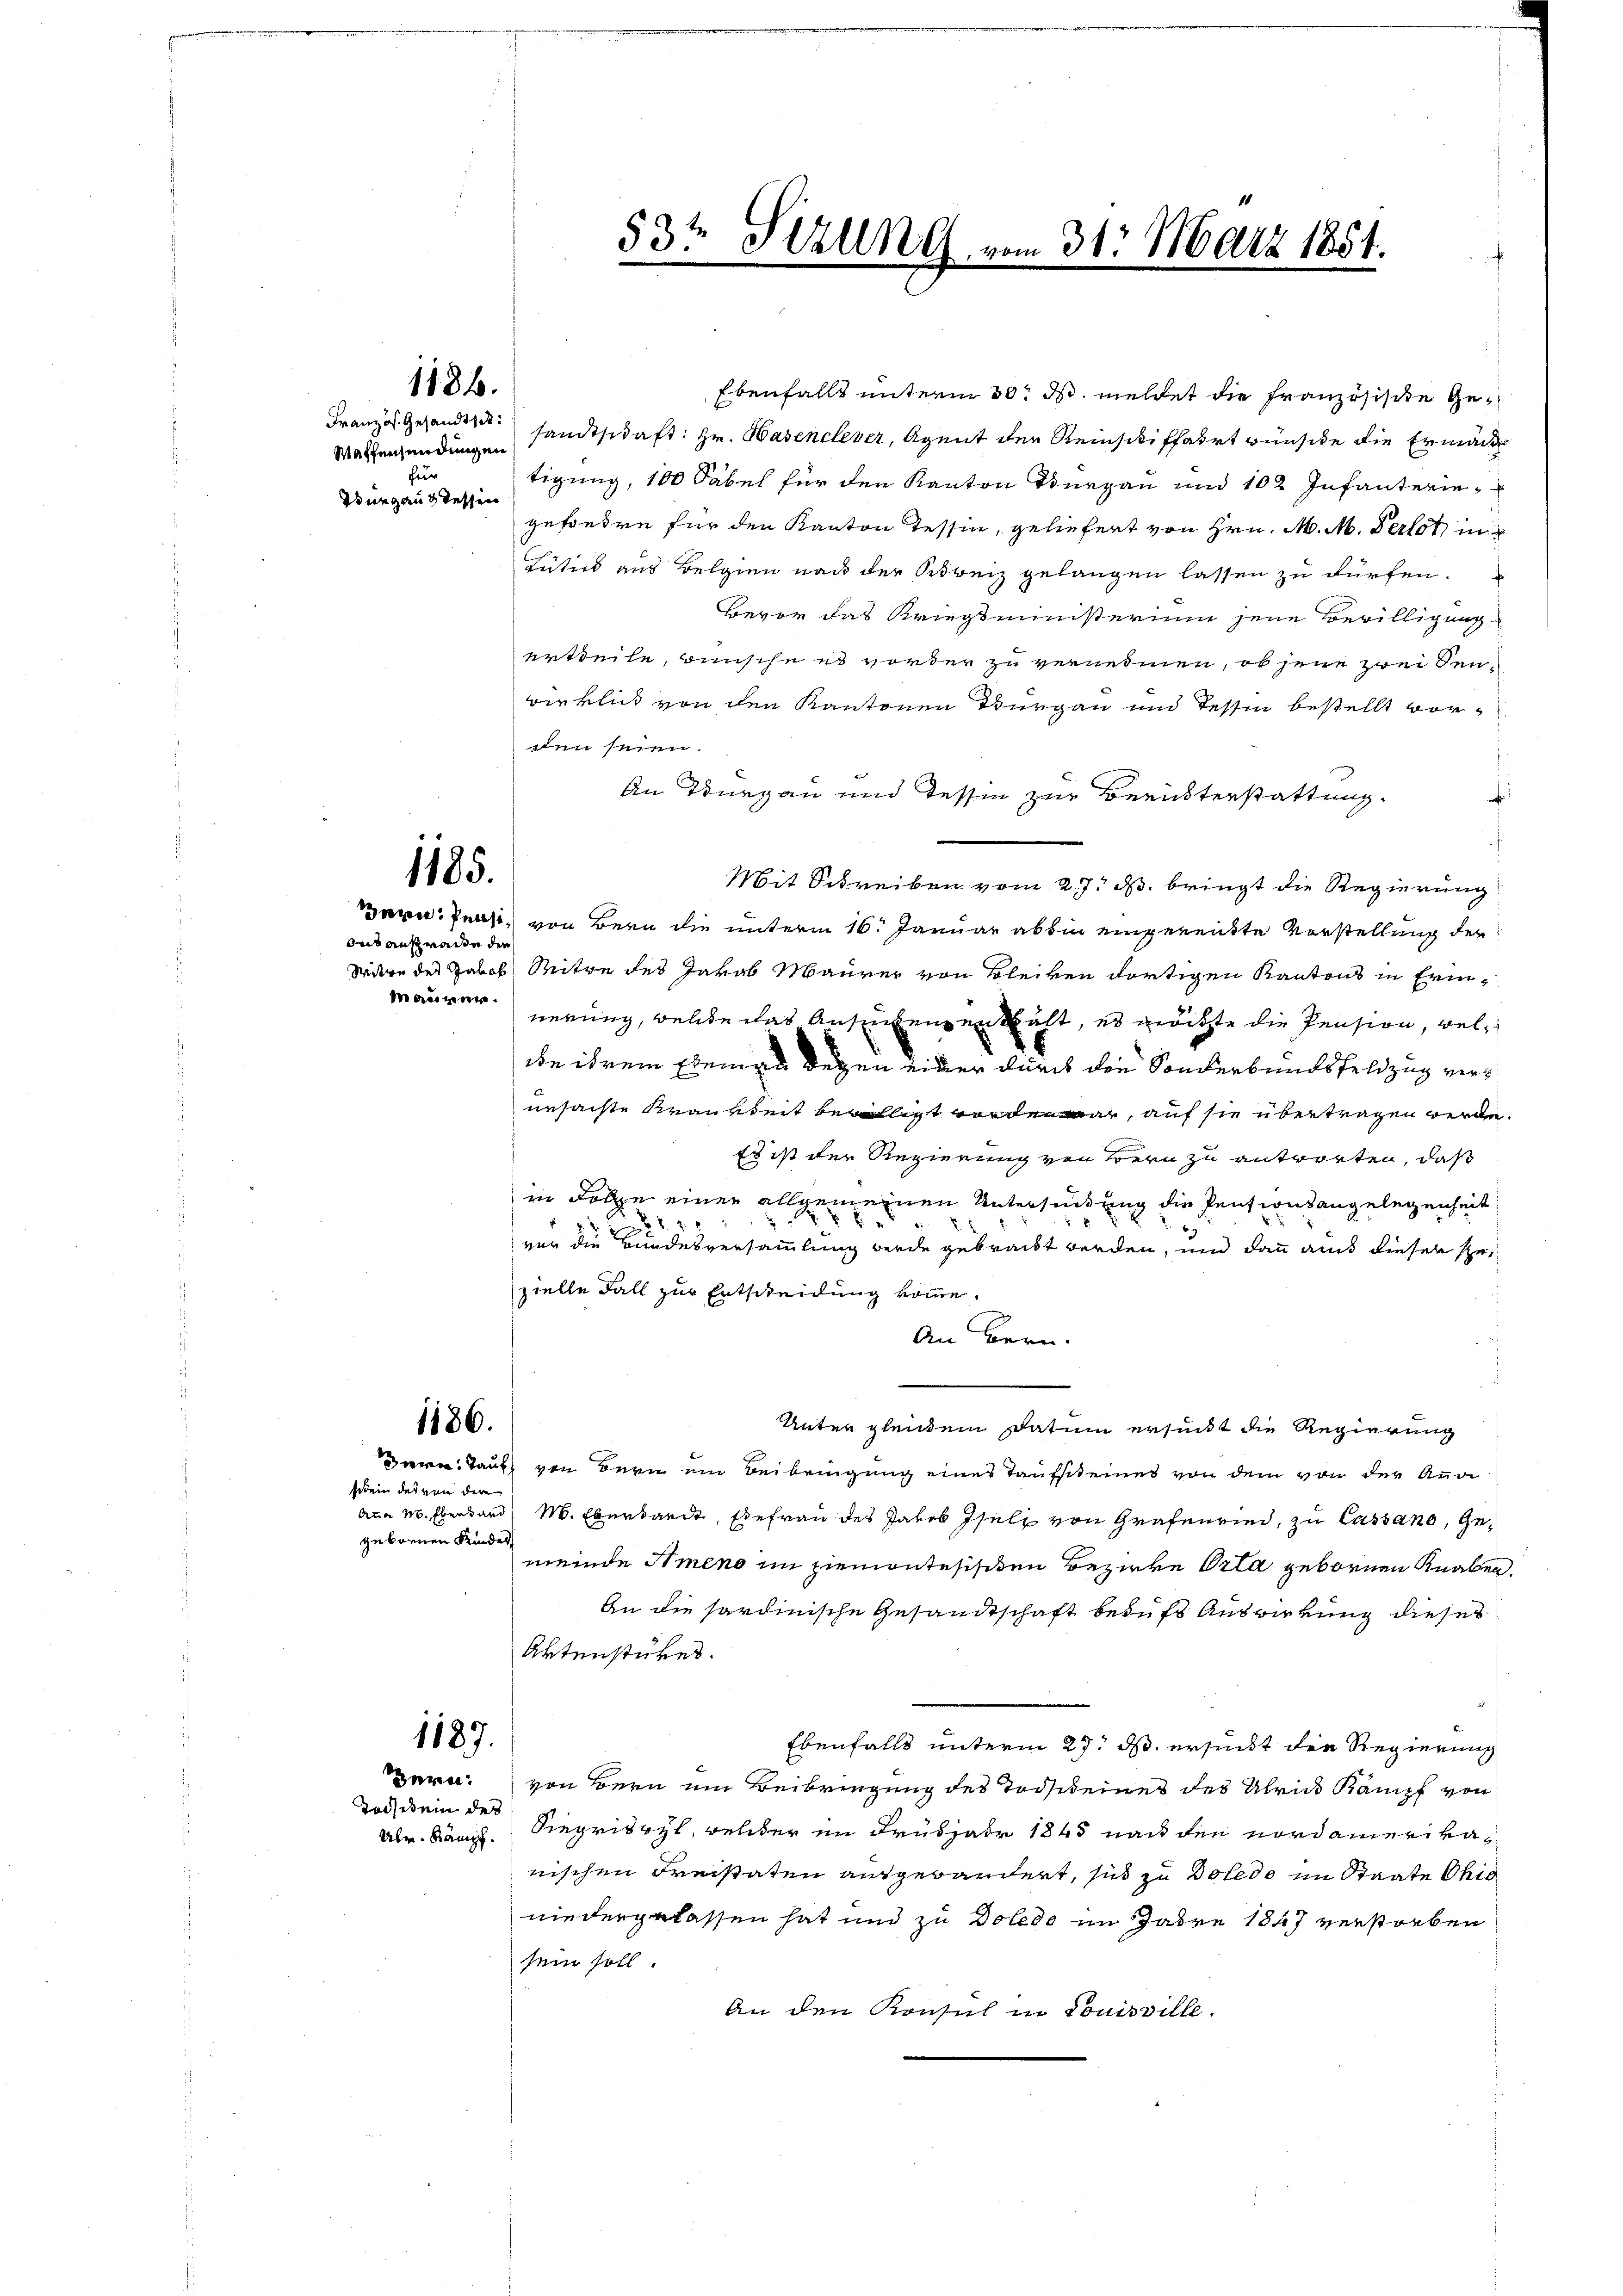
1184.

Waffensendungen
für
Purgaus tessen

1185.

out ansprachte der
Manter

1186.

dein der von der
gebornen Kindes

1187.

Tochtein des

Ebenfalls unterm 30t d. meldet die französische Ge¬
Französ. Gesandte sandtschaft: Hr. Hasenclever, Agent der Reinschiffahrt wünsche die Ermäc
tigung, 100 Säbel für den Kanton Burgau und 102 Infanteriegesonden für den Kanton Tessin, geliefert von Hrn. M. M. Perlet, in
Tütics aus Belgien nach der Schweiz gelangen lassen zu dürfen.
Bevor das Kriegsministerium jene Bewilligung
ertheile, wünsche es vorder zu vernehmen, ob jene zwei Senwirklich von den Kantonen Burgau und Tessin bestellt vorden seien.
An Thurgau und Tessin zur Berichterstattung.
f
Mit Schreiben vom 27. B. bringt die Regierung
Bern. Pensi, von Bern die unterm 16. Januar abhin eingerente Vorstellung der
Wäre des Jakob Mitre des Jakob Maurer von Bleiben dortigen Kantons in Erinursachte Krankheit bewilligt worden war, auf sie übertragen werde.
Es ist der Regierung von Bern zu antworten, daß
in Folge einer allgemeinen Untersendung die Pentionsangelegenheit
e
2
7
vor die Bundesversammlung werde gebracht werden, und dann aus dieser Gezielle Fall zur Entscheidung komme.
An Bern.
Unter gleichem Datum ersucht die Regierung
Bern. Tauf, von Bern ein Beibringung eines Taufsteines von dem von der Auge
Anna M. Eberband M. Ebersandt, sie frau des Jakob Iselt von Grafenrind, zu Cassano, Gemeinde Ameno im ziemontesischen Bezirke Orta gebornen Knaben.
An die hardinische Gesandtschaft behufs Auswirrung dieses
Aktenstükes.
Ebenfalls unterm 27. ds. ersucht die Regierung
Bern. von Bern ein Beibringung des Todscheines des Abris Kämpf von
Alr. Käng. Siegriswyl, welcher im Frühjahr 1845 nach den Nordamerikanischen Kreistaten aufgerändert, sich zu Doledo im Staate Ohio
niedergelassen hat und zu Doledo im Jahre 1847 verstorben
sein soll
An den Konsul in Louisville.

53te Sitzung vom 31. März 1851.

nerung, welche das Anstens enthält, es möchte die Pension, welbe ihrem Elemen wegen einer durch die Sonderbundsfeldzug ver¬